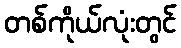
တစ်ကိုယ်လုံးတွင်